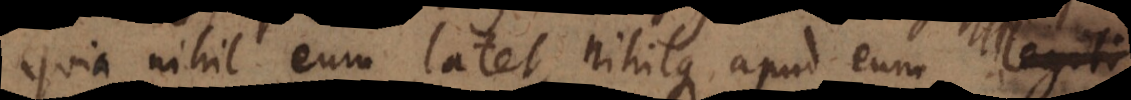
quia nihil eum latet, nihilque apud eum legiti